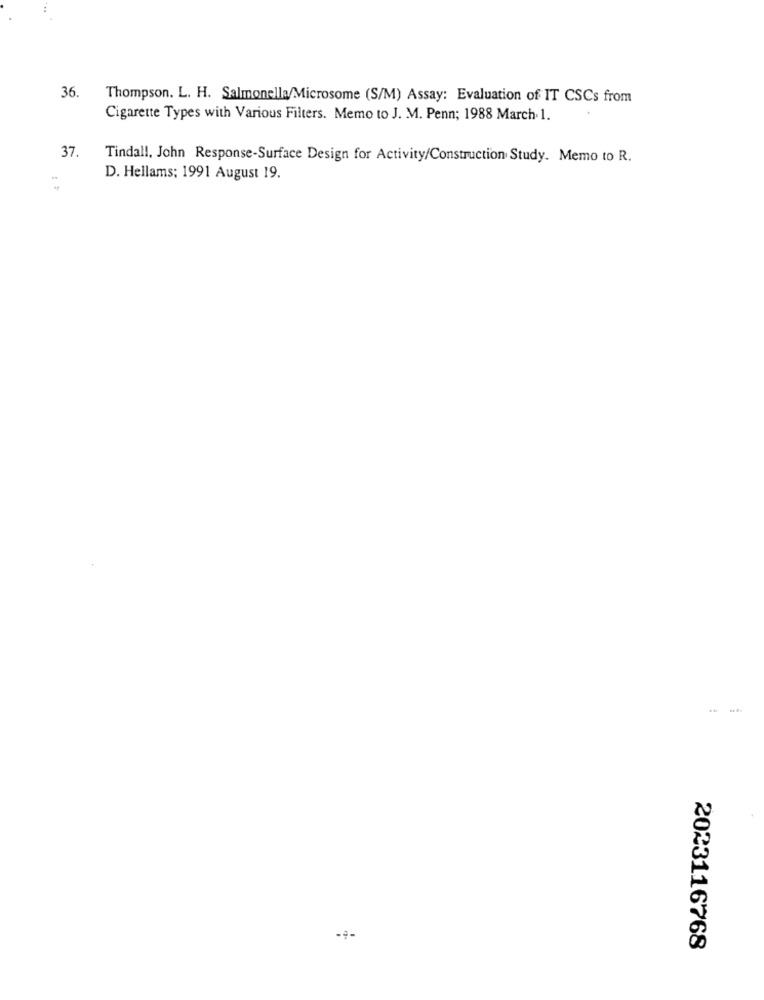
36.
Thompson. L. H. Salmonella/Microsome (S/M) Assay: Evaluation of IT CSCs from
Cigarette Types with Various Filters. Memo to J. M. Penn; 1988 March. 1.
37.
Tindall, John Response-Surface Design for Activity/Construction Study. Memo to R.
D. Hellams; 1991 August 19.
-+-
2023116768